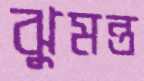
ঝুমন্ত